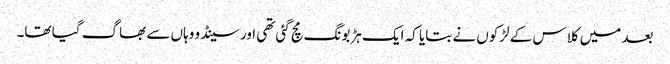
بعد میں کلاس کے لڑکوں نے بتایا کہ ایک ہڑبونگ مچ گئی تھی اور سینڈو وہاں سے بھاگ گیا تھا۔